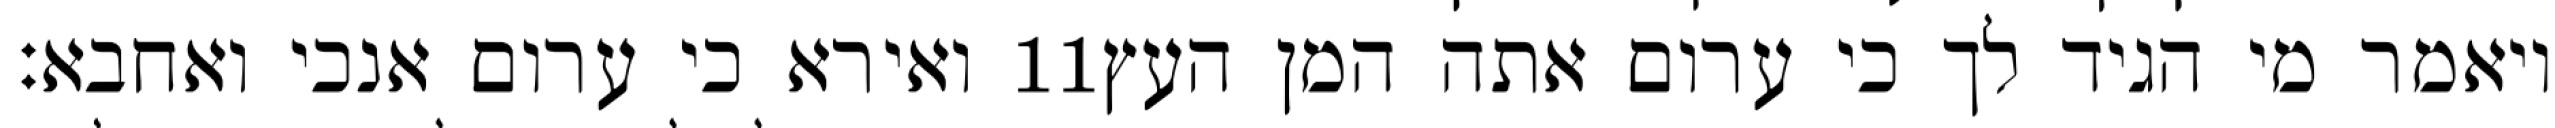
ואירא כי ערום אנכי ואחבא׃ ‎11‏ ויאמר מי הגיד לך כי ערום אתה המן העץ